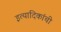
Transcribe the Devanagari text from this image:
इत्यादिकांची